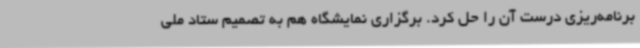
برنامه‌ریزی درست آن را حل کرد. برگزاری نمایشگاه هم به تصمیم ستاد ملی